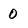
Character: 0